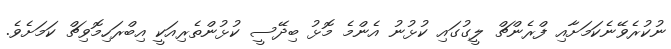
ނުކުރެވޭނެކަމަށާއި ފްރެންޗް ލީގުގައި ކުޅުނު އެންމެ މޮޅު ބިދޭސީ ކުޅުންތެރިއަކީ އިބްރަހިމޮވިޗް ކަމަށެވެ.